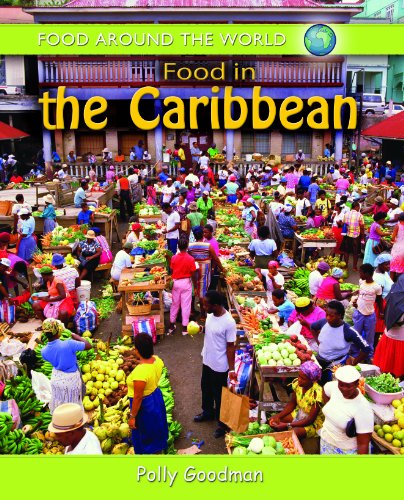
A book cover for Food in the Carribbean (Food Around the World); Polly Goodman; Cookbooks, Food & Wine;